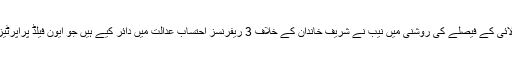
یاد رہے کہ سپریم کورٹ کے پاناما کیس سے متعلق 28 جولائی کے فیصلے کی روشنی میں نیب نے شریف خاندان کے خلاف 3 ریفرنسز احتساب عدالت میں دائر کیے ہیں جو ایون فیلڈ پراپرٹیز، العزیزیہ اسٹیل ملز اور فلیگ شپ انویسمنٹ سے متعلق ہیں۔